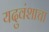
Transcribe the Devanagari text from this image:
यदुवंशाचा